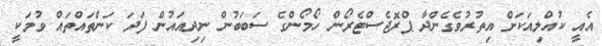
އެއީ ކުއްލިއަކަށް އިތުރުވެގެންދާ ޕްރޮޖެސްޓެރޯން ހޯމޯންގެ ސަބަބުން ނިދިއައުން ފަދަ ކަންތައްތައް ވުމަކީ